system: You are a helpful assistant.
user:
Analyze the provided spectrum to determine if it is a **M-type Giant (gM)**.

A M-type Giant spectrum is defined by its **strong molecular absorption** features, particularly from **Titanium Oxide (TiO)**. You must check for one of the following mutually exclusive signatures:

- **Key Visual Indicators (Absorption-Dominated Spectrum):**

    - **(Primary):** The spectrum is dominated by strong molecular absorption from **Titanium Oxide (TiO)**. This is the **defining feature** of its M-type temperature class.
        - **(Key Bandheads):** Look for sharp, "saw-tooth" absorption valleys. The strongest are located near **~7050 Å**, **~6160 Å**, and **~5170 Å**.
        - **(Line Profile):** The "saw-tooth" morphology is critical: a **sharp, steep drop on the BLUE (short-wavelength) side** of the bandhead, followed by a gradual recovery (rising flux) towards the RED (long-wavelength) side.

    - **(Key Confirmation - Giant vs. Dwarf):** **ABSENCE** of strong **Calcium Hydride (CaH)** molecular bands. This is the primary diagnostic for *excluding* M-dwarfs.
        - **(Key Region):** The spectrum should lack the strong, broad absorption band seen in dwarfs between **~6800 Å and ~7000 Å**.

    - **(Secondary Confirmation - Giant):** A very strong and broad **Neutral Calcium (Ca I)** atomic absorption line.
        - **(Key Line):** Located at **~4226 Å**. In a giant (gM), this line is significantly deeper and broader than the same line in an M-dwarf (dM) due to low surface gravity.

    - **(Overall Spectrum):**
        - The continuum is **extremely red-sloping** (i.e., flux is very low in the blue and rises dramatically towards the red).
        - The entire spectrum appears "chopped up" by the deep TiO bands.

Think first, call **spectral_visualization_tool** if needed to examine features in detail, then provide your final answer. Your response must adhere to the following strict rules:
1.  **Overall Structure:** Your response must follow the format `<think>...</think> <tool_call>...</tool_call> (if a tool is used) <answer>...</answer>`.
2.  **Tool Usage Constraint:** You may only make **one** tool call per turn.
3.  **Final Answer Format:** In the `<answer>` tag, your conclusion must be inside a `\boxed{}` command (e.g., `\boxed{YES}` or `\boxed{NO}`), followed by your justification.

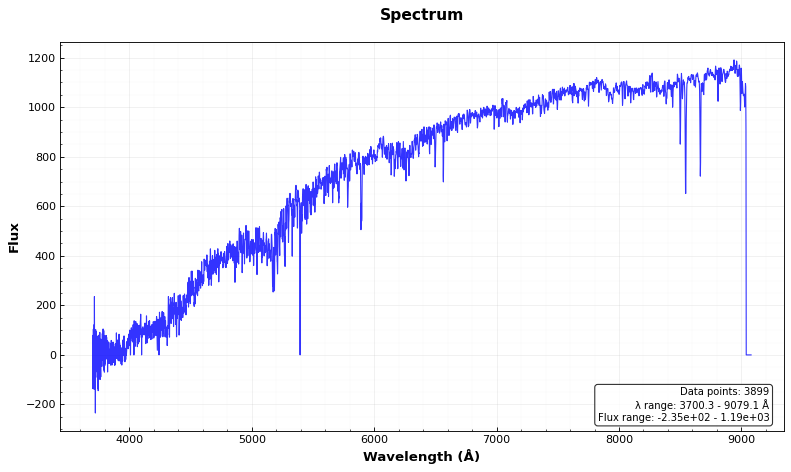
Answer: NO